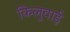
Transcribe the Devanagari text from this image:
किलुवाई